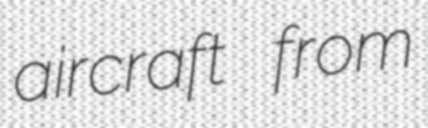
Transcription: aircraft from